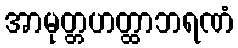
အာမုတ္တဟတ္ထာဘရဏံ